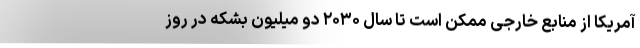
آمریکا از منابع خارجی ممکن است تا سال ۲۰۳۰ دو میلیون بشکه در روز